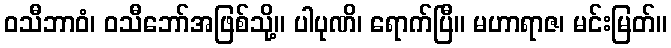
ဝသီဘာဝံ၊ ဝသီဘော်အဖြစ်သို့။ ပါပုဏိ၊ ရောက်ပြီ။ မဟာရာဇ၊ မင်းမြတ်။